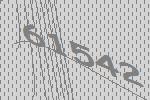
61542